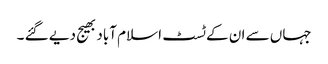
جہاں سے ان کے ٹسٹ اسلام آباد بھیج دیے گئے ۔